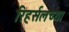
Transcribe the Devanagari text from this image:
रिहर्सलच्या